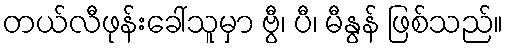
တယ်လီဖုန်းခေါ်သူမှာ ဗွီ၊ ပီ၊ မီနွန် ဖြစ်သည်။